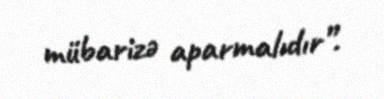
mübarizə aparmalıdır”.